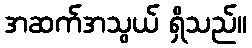
အဆက်အသွယ် ရှိသည်။